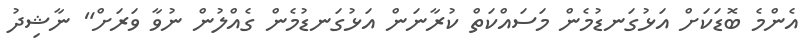
އެންމެ ބޮޑަކަށް އަޅުގަނޑުމެން މަސައްކަތް ކުރާނަން އަޅުގަނޑުމެން ގެއްލުން ނުވާ ވަރަށް" ނާޝިދު